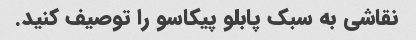
نقاشی به سبک پابلو پیکاسو را توصیف کنید.